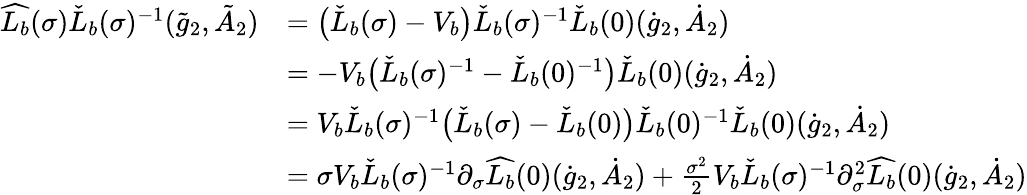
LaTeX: \begin{array}{rl}{\widehat{L_{b}}(\sigma)\check{L}_{b}(\sigma)^{-1}(\tilde{g}_{2},\tilde{A}_{2})}&{=\big(\check{L}_{b}(\sigma)-V_{b}\big)\check{L}_{b}(\sigma)^{-1}\check{L}_{b}(0)(\dot{g}_{2},\dot{A}_{2})}\\ &{=-V_{b}\big(\check{L}_{b}(\sigma)^{-1}-\check{L}_{b}(0)^{-1}\big)\check{L}_{b}(0)(\dot{g}_{2},\dot{A}_{2})}\\ &{=V_{b}\check{L}_{b}(\sigma)^{-1}\big(\check{L}_{b}(\sigma)-\check{L}_{b}(0)\big)\check{L}_{b}(0)^{-1}\check{L}_{b}(0)(\dot{g}_{2},\dot{A}_{2})}\\ &{=\sigma V_{b}\check{L}_{b}(\sigma)^{-1}\partial_{\sigma}\widehat{L_{b}}(0)(\dot{g}_{2},\dot{A}_{2})+\frac{\sigma^{2}}{2}V_{b}\check{L}_{b}(\sigma)^{-1}\partial_{\sigma}^{2}\widehat{L_{b}}(0)(\dot{g}_{2},\dot{A}_{2})}\end{array}